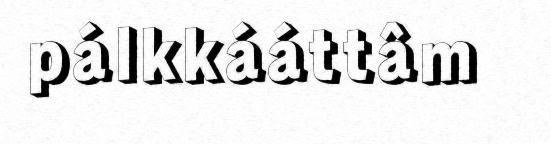
pálkkááttâm